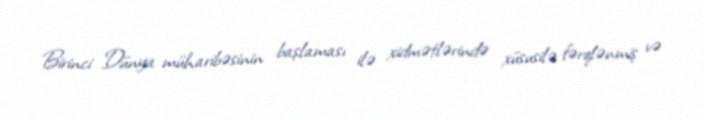
Birinci Dünya müharibəsinin başlaması ilə xidmətlərində xüsusilə fərqlənmiş və